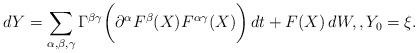
LaTeX: \begin{align*}dY = \sum_{\alpha,\beta,\gamma} \Gamma ^{\beta\gamma}\biggl(\partial ^\alpha F^{\beta}(X) F^{ \alpha\gamma}(X) \biggr) \,dt +F(X) \,dW, ,Y_{0}=\xi.\end{align*}